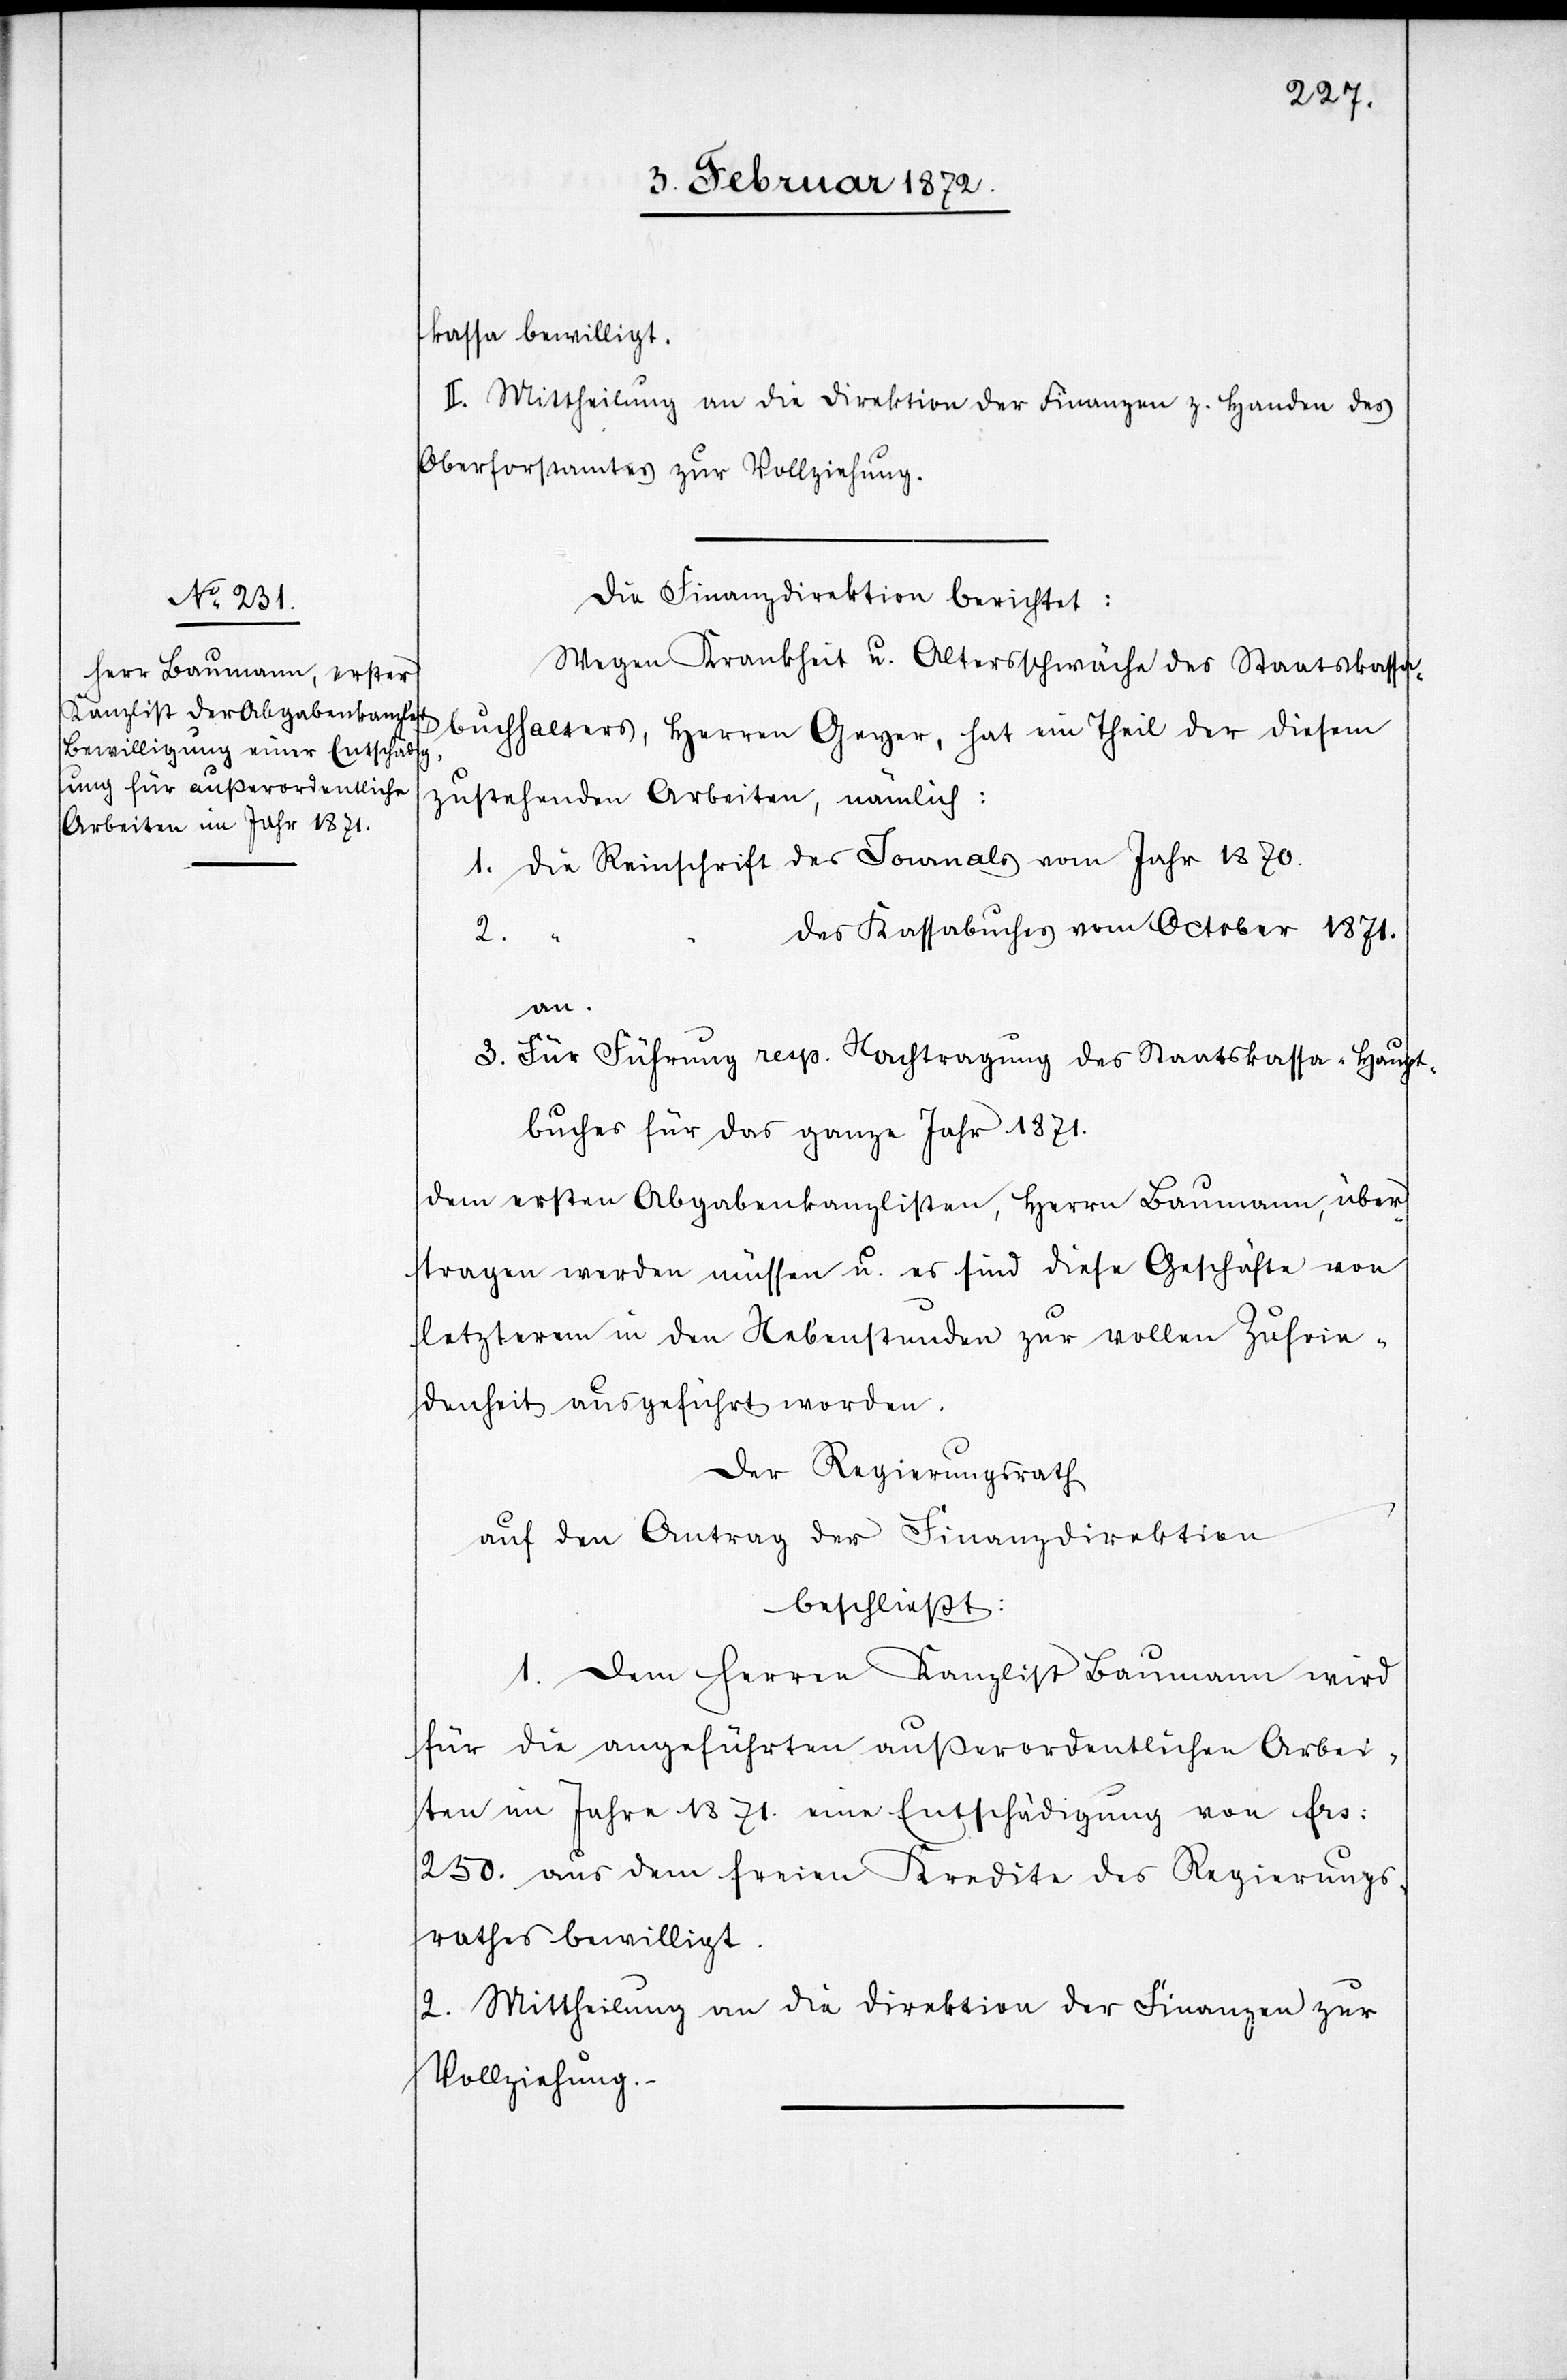
kasse bewilligt.
II. Mittheilung an die Direktion der Finanzen z. Handen des
Oberforstamtes zur Vollziehung.
Die Finanzdirektion berichtet:
Wegen Krankheit u. Altersschwäche des Staatskassa¬
buchhalters, Herren Geyer, hat ein Theil der diesem
zustehenden Arbeiten, nämlich:
1. Die Reinschrift des Journals vom Jahr 1870.
des Kassabuches vom October 1871.
2.
an.
3. Für Führung resp. Nachtragung des Staatskassa-Haupt¬
buches für das ganze Jahr 1871.
dem ersten Abgabenkanzlisten, Herrn Baumann, über¬
tragen werden müssen u. es sind diese Geschäfte von
letzterem in den Nebenstunden zur vollen Zufrie¬
denheit ausgeführt worden.
Der Regierungsrath
auf den Antrag der Finanzdirektion
beschließt:
1. Dem Herren Kanzlist Baumann wird
für die ausgeführten außerordentlichen Arbei¬
ten im Jahre 1871. eine Entschädigung von frs.
250. aus dem freien Kredite des Regierungs¬
rathes bewilligt.
2. Mittheilung an die Direktion der Finanzen zu
Vollziehung.